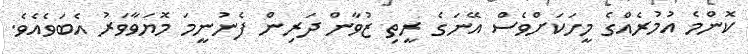
ކޮންމެ އުމުރެއްގެ މީހަކަށްވެސް އޭނަގެ ރީތި ޒުވާން ދަރިން ފެނުނީމަ މޮޔަވާވަރު އެބަވެއެވެ.